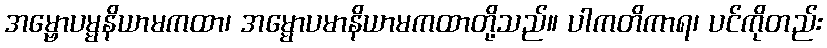
အမ္ဗောပမ္မနိယာမကထာ၊ အမ္မောပမာနိယာမကထာတို့သည်။ ပါကတိကာရ၊ ပင်ကိုတည်း